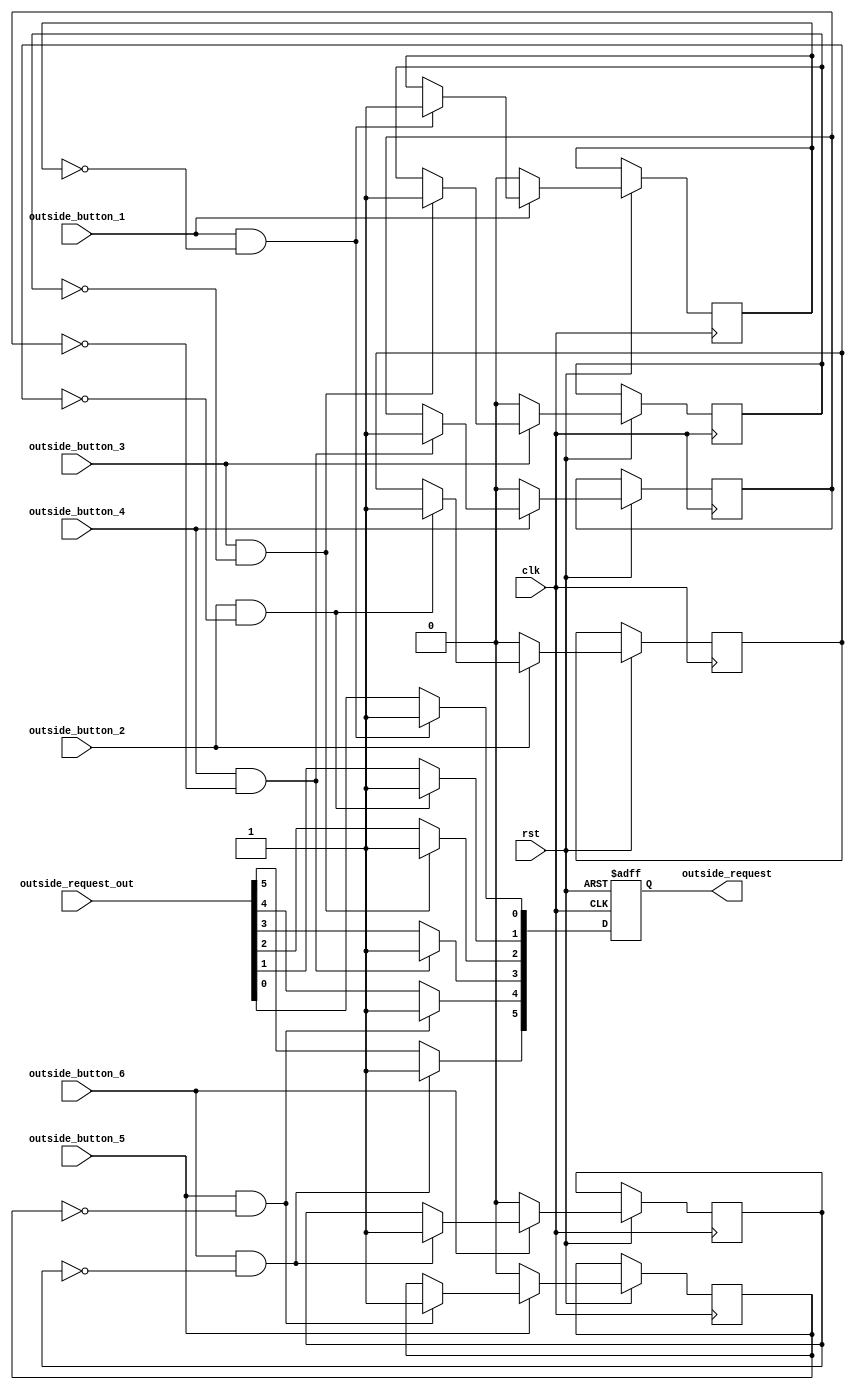
`timescale 1ns / 1ps
//////////////////////////////////////////////////////////////////////////////////
// Company: 
// Engineer: 
// 
// Design Name: 
// Module Name: Outside_Request_FF
// Project Name: 
// Target Devices: 
// Tool Versions: 
// Description: 
// 
// Dependencies: 
// 
// Revision:
// Revision 0.01 - File Created
// Additional Comments:
// 
//////////////////////////////////////////////////////////////////////////////////


module Outside_Request_FF(
    outside_request,clk,outside_request_out,outside_button_1,outside_button_2,outside_button_3,outside_button_4,outside_button_5,outside_button_6,rst
    );
	input[0:0] clk,outside_button_1,outside_button_2,outside_button_3,outside_button_4,outside_button_5,outside_button_6,rst;
	input[5:0] outside_request_out;
	output[5:0] outside_request;
	reg[5:0] temp,outside_request;
	reg[0:0] check_1,check_2,check_3,check_4,check_5,check_6;
	//button_1,2,3,4,5,6 122334
	always @ (posedge clk,negedge rst)
		begin
			if(~rst)
				outside_request = 6'b000000;
			else
				begin
					temp = outside_request_out;
					if(outside_button_1&~check_1)
						begin
							temp[0] = 1'b1;
							check_1 = 1'b1;
						end
					if(~outside_button_1)
						check_1 = 1'b0;
					if(outside_button_2&~check_2)
						begin
							temp[1] = 1'b1;
							check_2 = 1'b1;
						end
					if(~outside_button_2)
						check_2 = 1'b0;
					if(outside_button_3&~check_3)
						begin
							temp[2] = 1'b1;
							check_3 = 1'b1;
						end
					if(~outside_button_3)
						check_3 = 1'b0;
					if(outside_button_4&~check_4)
						begin
							temp[3] = 1'b1;
							check_4 = 1'b1;
						end
					if(~outside_button_4)
						check_4 = 1'b0;
					if(outside_button_5&~check_5)
						begin
							temp[4] = 1'b1;
							check_5 = 1'b1;
						end
					if(~outside_button_5)
						check_5 = 1'b0;
					if(outside_button_6&~check_6)
						begin
							temp[5] = 1'b1;
							check_6 = 1'b1;
						end
					if(~outside_button_6)
						check_6 = 1'b0;
					outside_request = temp;
				end
		end
endmodule